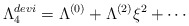
\begin{align*}\Lambda_4^{devi} = \Lambda^{(0)} + \Lambda^{(2)} \xi^2 + \cdots\end{align*}